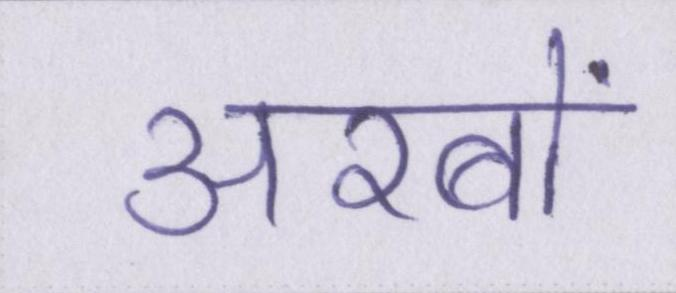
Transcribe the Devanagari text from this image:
अरबों